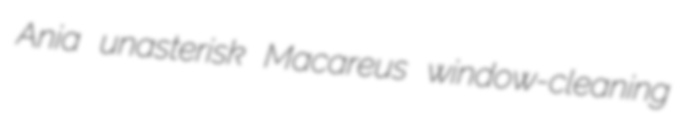
Ania unasterisk Macareus window-cleaning